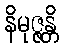
နိမုဇ္ဇန္တိ